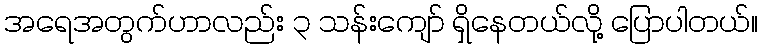
အရေအတွက်ဟာလည်း ၃ သန်းကျော် ရှိနေတယ်လို့ ပြောပါတယ်။